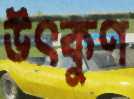
উৎকুণ